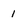
Character: 1